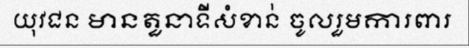
យុវជន មានតួនាទីសំខាន់ ចូលរួមការពារ